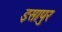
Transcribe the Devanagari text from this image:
इसापुर